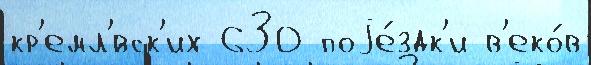
кр'емл'́вск'их 630 поjе́здк'и в'еко́в